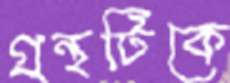
গ্রন্থটিকে